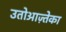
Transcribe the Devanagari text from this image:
उतोआज़्तेका